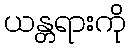
ယန္တရားကို